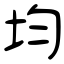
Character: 均